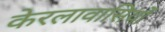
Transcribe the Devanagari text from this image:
केरलावासियों